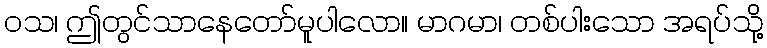
ဝသ၊ ဤတွင်သာနေတော်မူပါလော။ မာဂမာ၊ တစ်ပါးသော အရပ်သို့